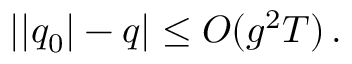
| | q _ { 0 } | - q | \leq O ( g ^ { 2 } T ) \, .